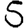
Digit: 5